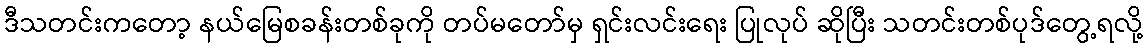
ဒီသတင်းကတော့ နယ်မြေစခန်းတစ်ခုကို တပ်မတော်မှ ရှင်းလင်းရေး ပြုလုပ် ဆိုပြီး သတင်းတစ်ပုဒ်တွေ့ရလို့